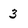
Character: 3